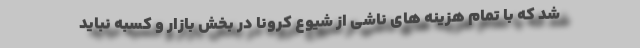
شد که با تمام هزینه های ناشی از شیوع کرونا در بخش بازار و کسبه نباید